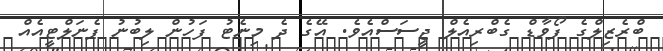
ބްރެޒިލްގެ ފޯވާޑް ގެބްރިއެލް ޖީސަސްއެވެ. އޭގެ ދެ މިނެޓު ފަހުން ލިބުނު ޕެނަލްޓީއެއް